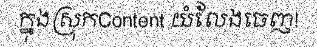
ក្នុងស្រុកContent យំលែងចេញ!